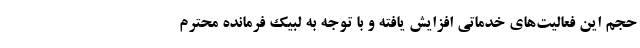
حجم این فعالیت‌های خدماتی افزایش یافته و با توجه به لبیک فرمانده محترم